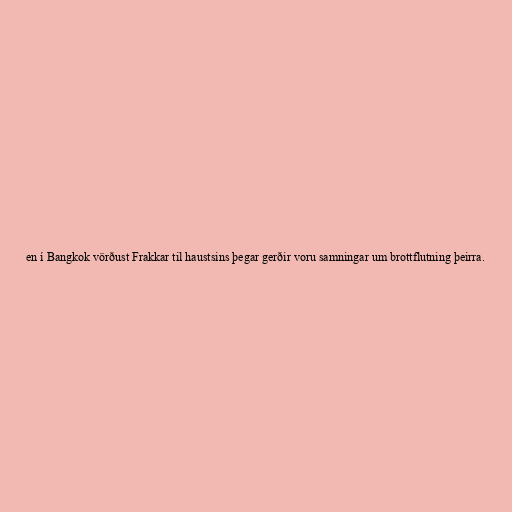
en í Bangkok vörðust Frakkar til haustsins þegar gerðir voru samningar um brottflutning þeirra.